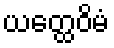
ယတ္ထေဝိမံ